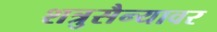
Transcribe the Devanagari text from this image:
शत्रुसैन्यावर